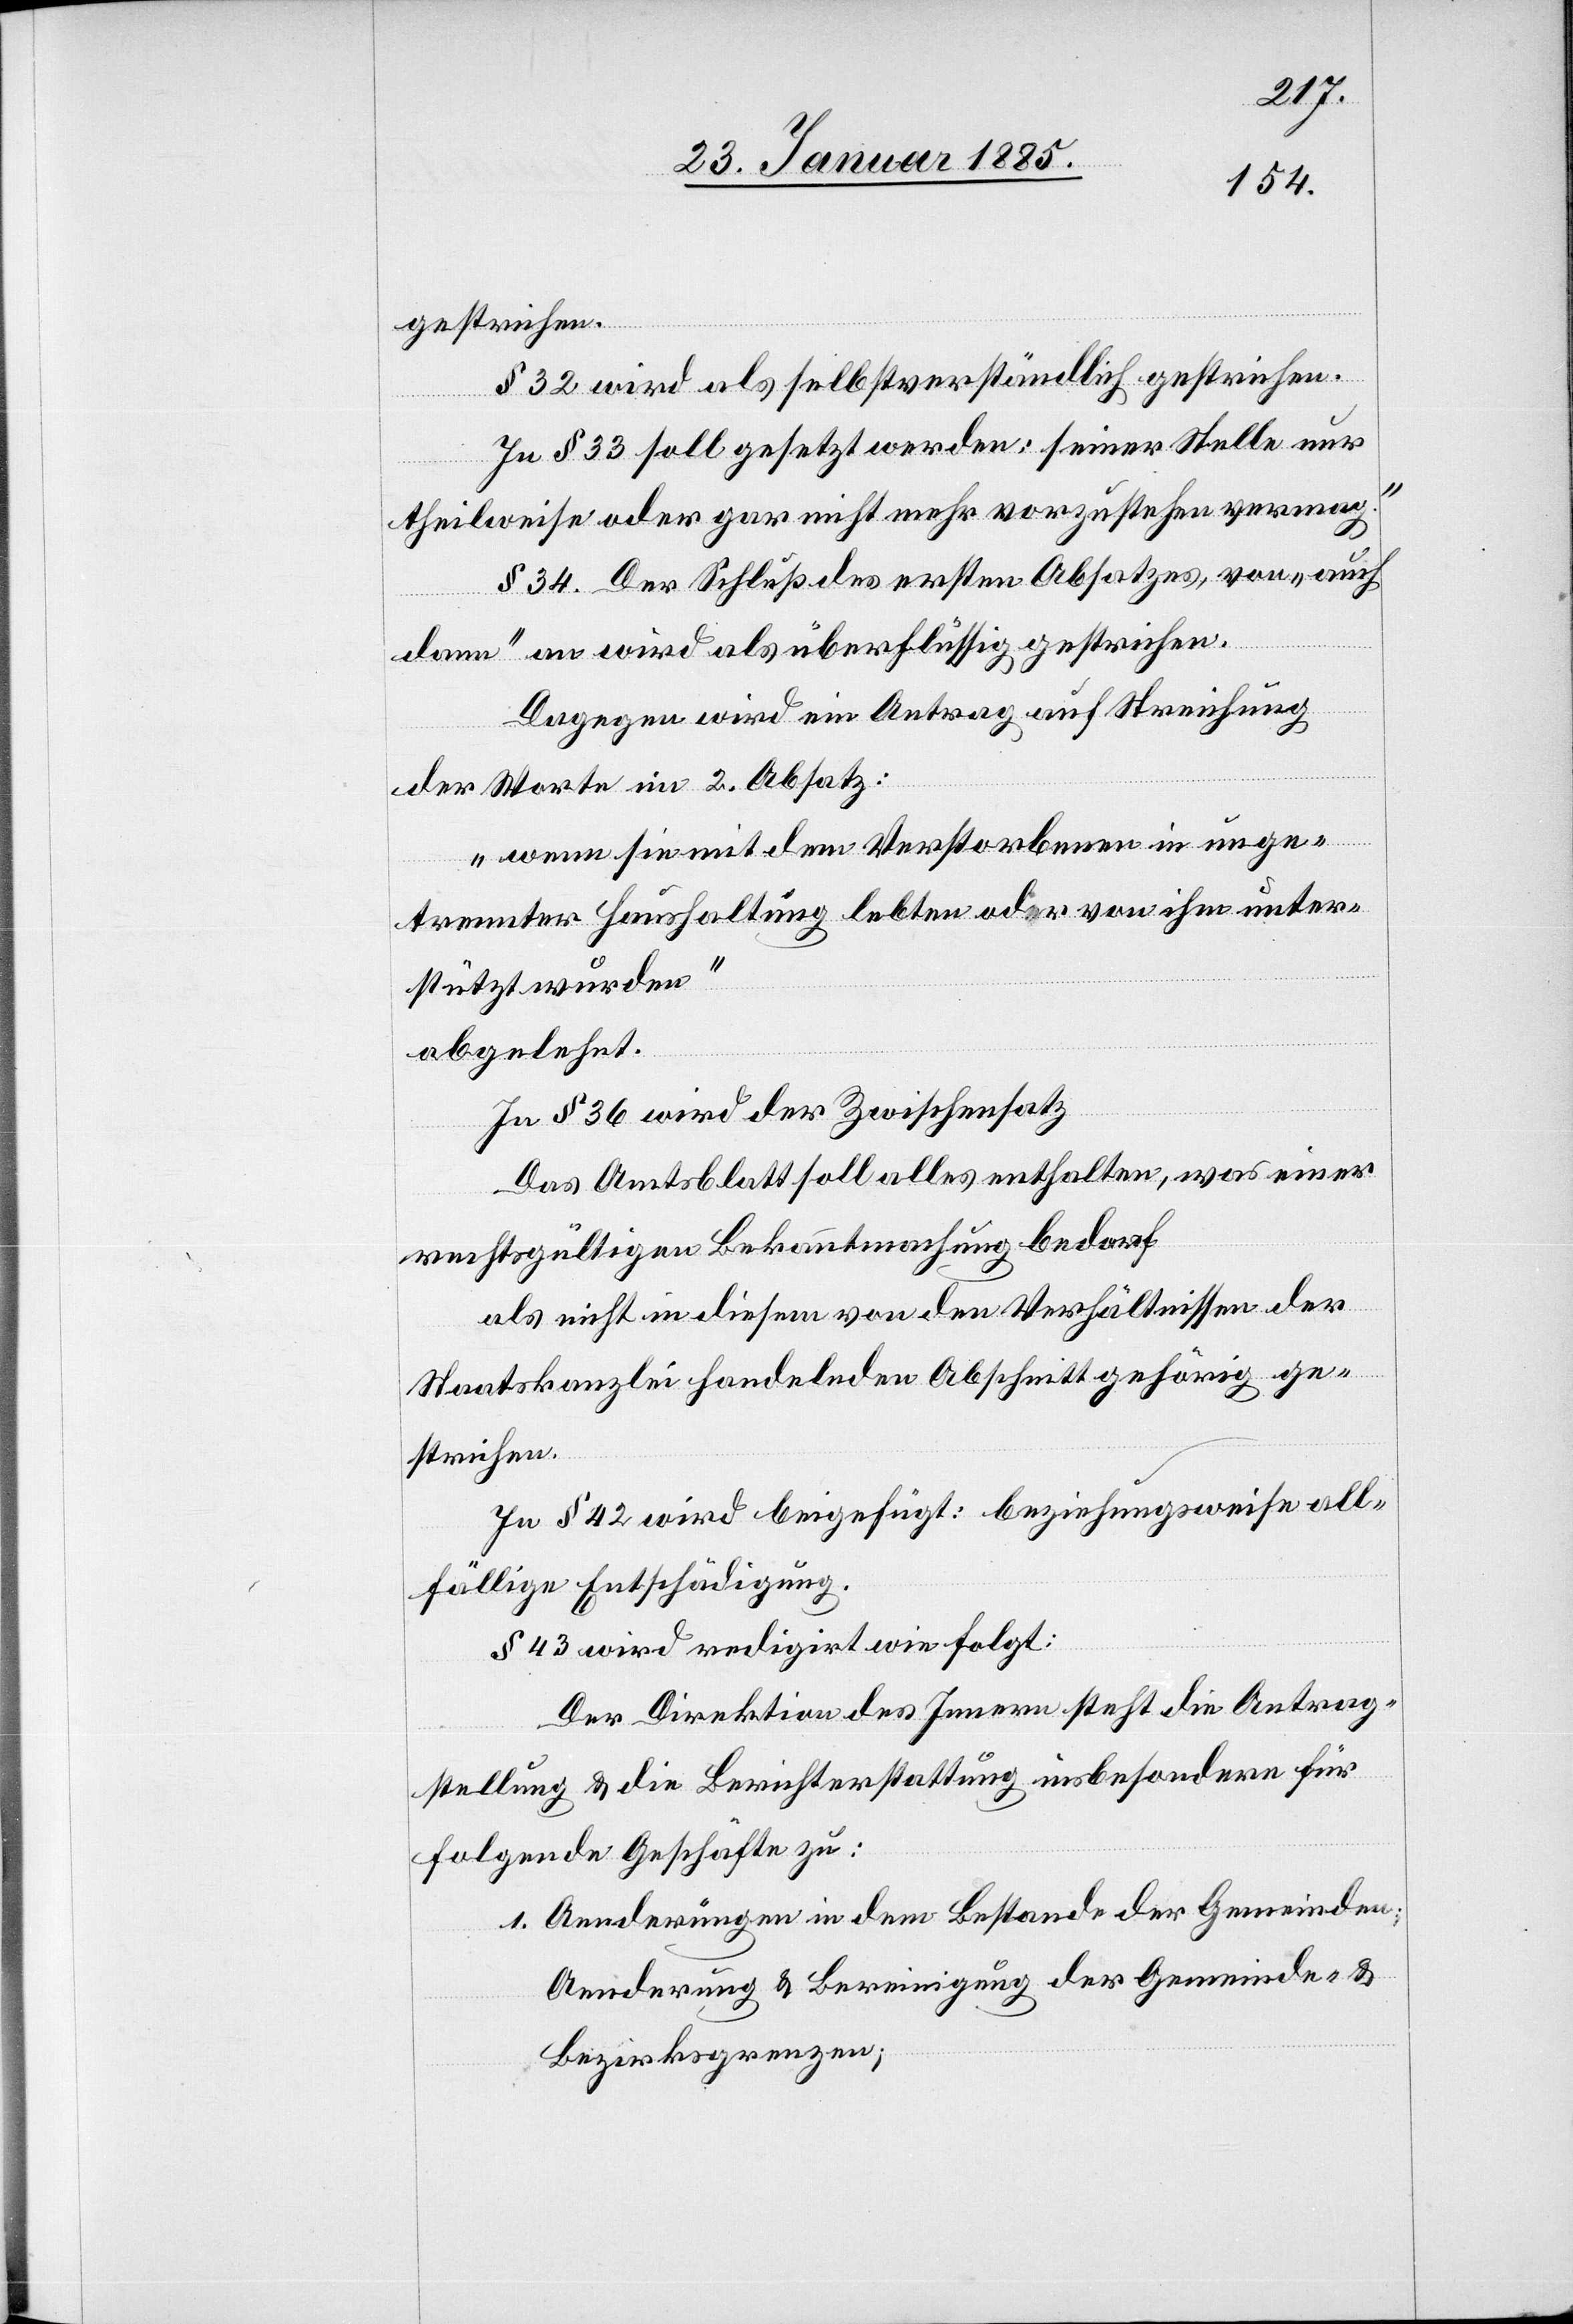
gestrichen.
§ 32 wird als selbstverständlich gestrichen.
In § 33 soll gesetzt werden: „seiner Stelle nur
theilweise oder gar nicht mehr vorzustehen vermag.“
§ 34. Der Schluß des ersten Absatzes, von „auch
dann“ an wird als überflüssig gestrichen.
Dagegen wird ein Antrag auf Streichung
der Worte im 2. Absatz:
„wenn sie mit dem Verstorbenen in unge¬
trennter Haushaltung lebten oder von ihm unter¬
stützt wurden“
abgelehnt.
In § 36 wird der Zwischensatz
[„]Das Amtsblatt soll alles enthalten, was einer
rechtsgültigen Bekanntmachung bedarf[“]
als nicht in diesem von den Verhältnissen der
Staatskanzlei handelnden Abschnitt gehörig ge¬
strichen.
In § 42 wird beigefügt: beziehungsweise all¬
fällige Entschädigung.
§ 43 wird redigirt wie folgt.
Der Direktion des Innern steht die Antrag¬
stellung & die Berichterstattung insbesondere für
folgende Geschäfte zu:
1. Aenderungen in dem Bestande der Gemeinden,
Aenderung & Bereinigung der Gemeinde- &
Bezirksgrenzen;